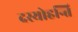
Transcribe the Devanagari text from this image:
दस्योहन्ति